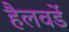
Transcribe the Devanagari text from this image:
हैलवर्डे